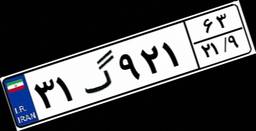
۳۱گ۹۲۱۶۳